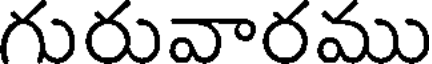
గురువారము